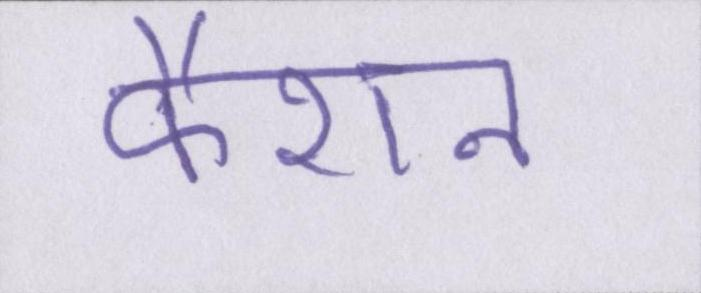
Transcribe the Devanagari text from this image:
फैशन